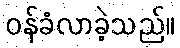
ဝန်ခံလာခဲ့သည်။